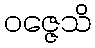
ဝဇ္ဇေသိ